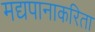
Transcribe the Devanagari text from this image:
मद्यपानाकरिता